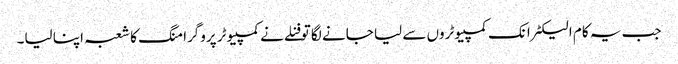
جب یہ کام الیکٹرانک کمپیوٹروں سے لیا جانے لگا تو فنلے نے کمپیوٹر پروگرامنگ کا شعبہ اپنا لیا۔